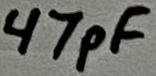
Text: 47pF